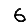
Digit: 6